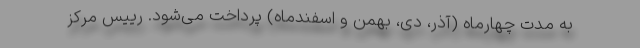
به مدت چهارماه (آذر، دی، بهمن و اسفندماه) پرداخت می‌شود. رییس مرکز